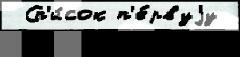
 Сп'и́сок п'е́рвуjу